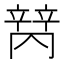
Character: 𬔩